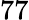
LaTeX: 77